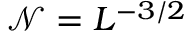
\mathcal { N } = L ^ { - 3 / 2 }